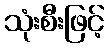
သုံးစီးဖြင့်